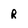
Character: R